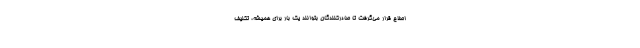
اصلاح قرار می‌گرفت تا صادرکنندگان بتوانند یک بار برای همیشه، تکلیف